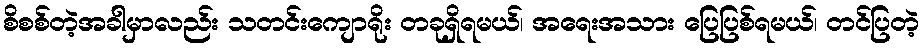
စိစစ်တဲ့အခါမှာလည်း သတင်းကျောရိုး တခုရှိရမယ်၊ အရေးအသား ပြေပြစ်ရမယ်၊ တင်ပြတဲ့